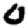
Digit: 0